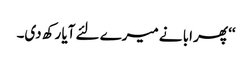
‘‘ پھر ابا نے میرے لئے آیا رکھ دی۔